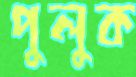
পুলুক